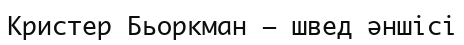
Кристер Бьоркман – швед әншісі